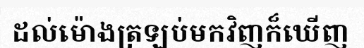
ដល់ម៉ោងត្រឡប់មកវិញក៏ឃើញ